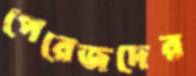
পেরেজদের